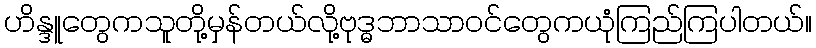
ဟိန္ဒူတွေကသူတို့မှန်တယ်လို့ဗုဒ္ဓဘာသာဝင်တွေကယုံကြည်ကြပါတယ်။